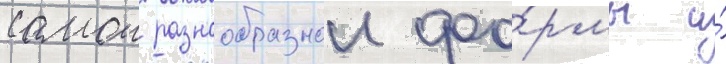
самои разнообразнои фо́рмы и́